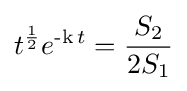
t^{\operatorname {1}  \over \operatorname {2} }e^{\operatorname {-k} t}={S_{2} \over 2S_{1}}